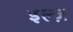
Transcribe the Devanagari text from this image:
इल्ज़